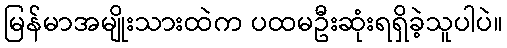
မြန်မာအမျိုးသားထဲက ပထမဦးဆုံးရရှိခဲ့သူပါပဲ။